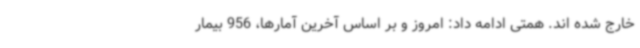
خارج شده اند. همتی ادامه داد: امروز و بر اساس آخرین آمارها، 956 بیمار